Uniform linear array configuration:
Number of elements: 64
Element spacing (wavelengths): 1
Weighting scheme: binomial
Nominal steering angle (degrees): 45
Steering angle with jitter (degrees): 46.722
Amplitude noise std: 0.05
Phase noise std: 0.05

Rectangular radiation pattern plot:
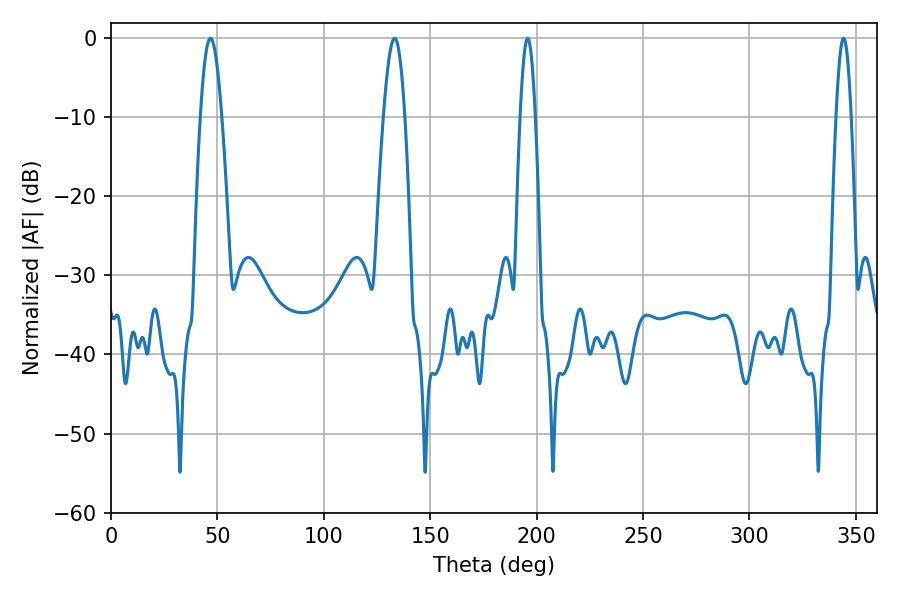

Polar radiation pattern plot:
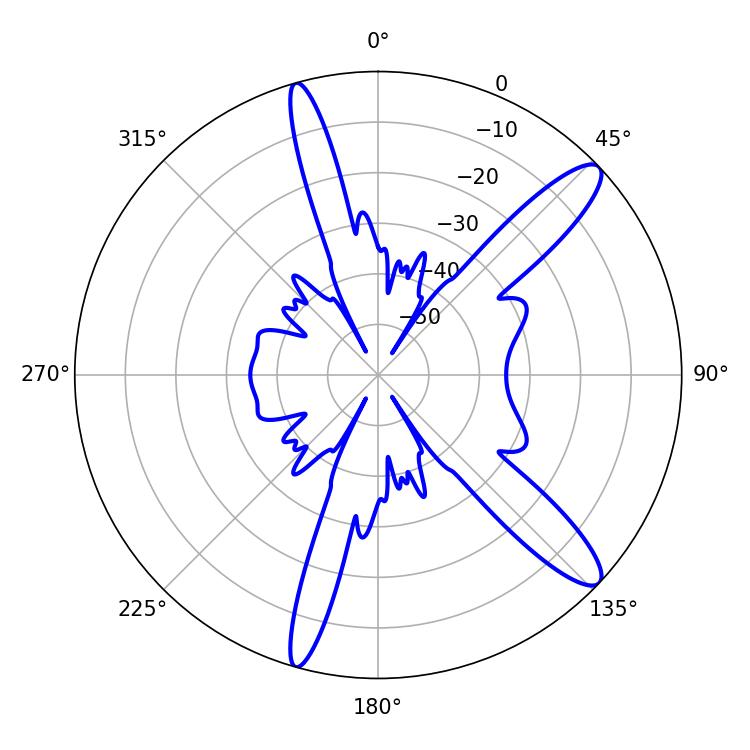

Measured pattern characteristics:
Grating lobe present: TRUE
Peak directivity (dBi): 12.524
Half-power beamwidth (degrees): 5.4
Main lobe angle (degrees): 133.2